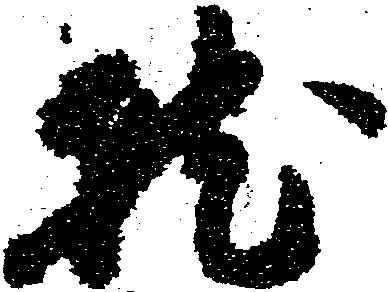
就